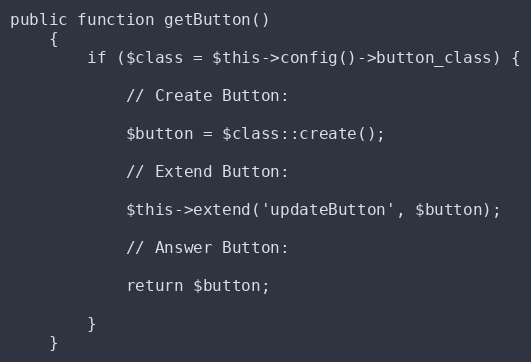
Language: PHP
public function getButton()
    {
        if ($class = $this->config()->button_class) {

            // Create Button:

            $button = $class::create();

            // Extend Button:

            $this->extend('updateButton', $button);

            // Answer Button:

            return $button;

        }
    }